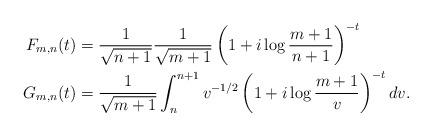
LaTeX: \begin{align*}F_{m,n}(t) &= \frac{1}{\sqrt{n+1}} \frac{1}{\sqrt{m+1}} \left(1+i\log\frac{m+1}{n+1}\right)^{-t} \\G_{m,n}(t) &= \frac{1}{\sqrt{m+1}} \int_n^{n+1} v^{-1/2} \left(1+i\log\frac{m+1}{v}\right)^{-t} dv.\end{align*}